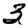
Digit: 3